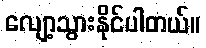
လျော့သွားနိုင်ပါတယ်။